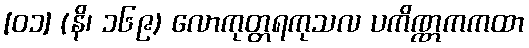
[၀၁] (နိ၊ ၁၆၉) လောကုတ္တရကုသလ ပကိဏ္ဏကကထာ